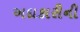
અદાકારીની